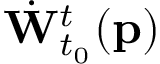
\dot { \mathbf { W } } _ { t _ { 0 } } ^ { t } ( \mathbf { p } )